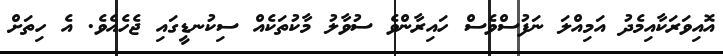
އޮއިވަރަކާއިމެދު އަމިއްލަ ނަފުސްވެސް ހައިރާންވެ ސުވާލު މާކުތަކެއް ސިކުނޑީގައި ޖެހެއެވެ. އެ ހިތަށް